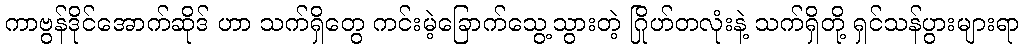
ကာဗွန်ဒိုင်အောက်ဆိုဒ် ဟာ သက်ရှိတွေ ကင်းမဲ့ခြောက်သွေ့သွားတဲ့ ဂြိုဟ်တလုံးနဲ့ သက်ရှိတို့ ရှင်သန်ပွားများရာ